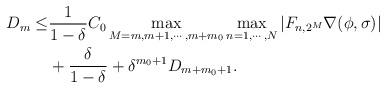
LaTeX: \begin{align*}D_m \le& \frac{1}{1-\delta}C_0\max_{M=m,m+1,\cdots,m+m_0}\max_{n=1,\cdots,N}|F_{n,2^{M}}\nabla(\phi,\sigma)|\\&+\frac{\delta}{1-\delta}+\delta^{m_0+1} D_{m+m_0+1}.\end{align*}